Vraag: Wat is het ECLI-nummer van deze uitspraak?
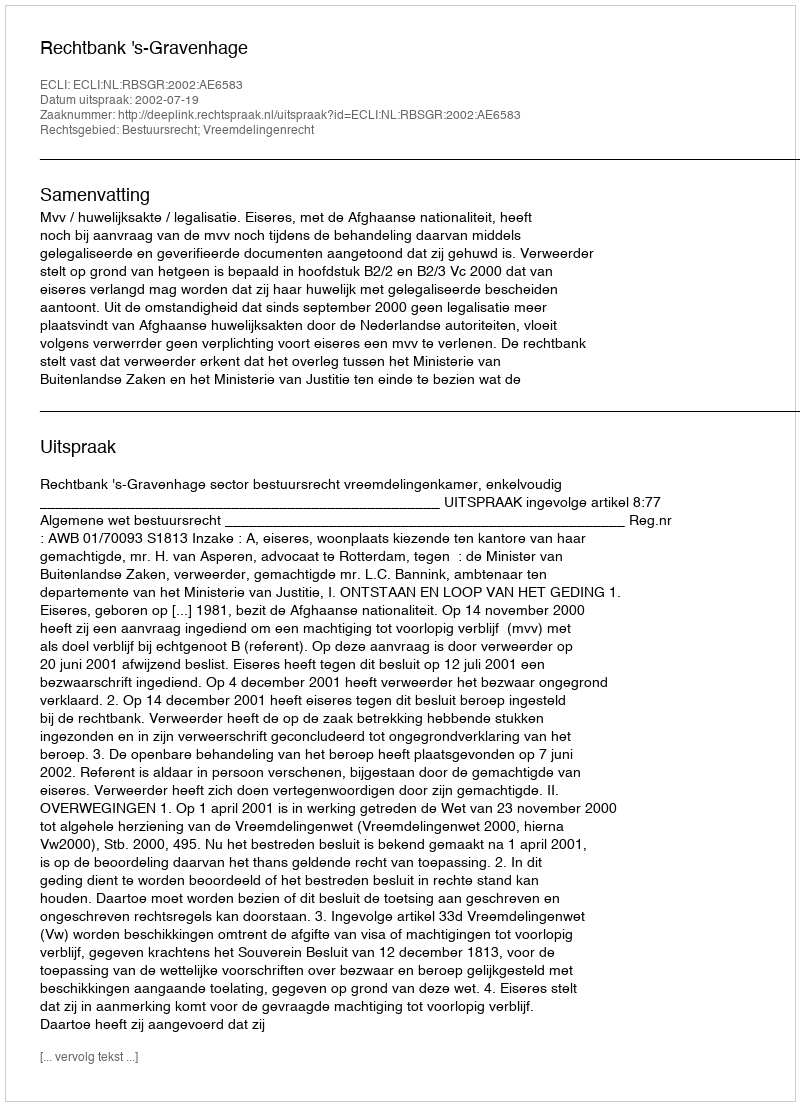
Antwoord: ECLI:NL:RBSGR:2002:AE6583